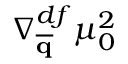
\nabla _ { \overline { { \mathbf { q } } } } ^ { d f } \mu _ { 0 } ^ { 2 }